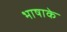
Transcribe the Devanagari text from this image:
भाषाके